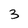
Character: 3